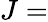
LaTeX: J=